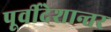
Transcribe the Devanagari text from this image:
पूर्वीदेशान्तर